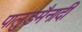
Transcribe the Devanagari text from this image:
पालुङमैनादी